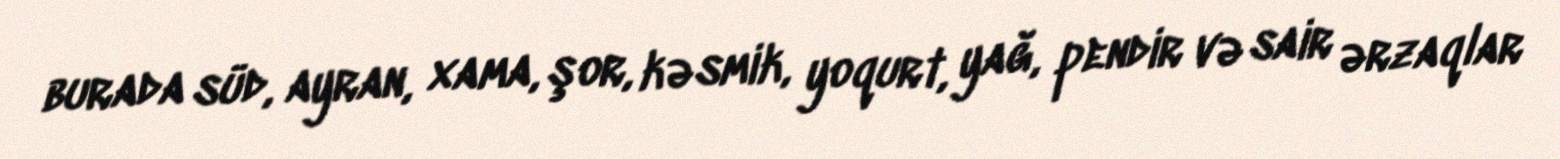
burada süd, ayran, xama, şor, kəsmik, yoqurt, yağ, pendir və sair ərzaqlar